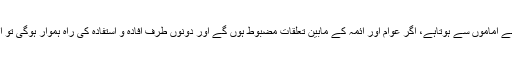
ہر دورمیں عوام کامساجد اور اماموں سے گہراربط رہاہے،آج بھی عام مسلمانوں کا دن رات کاتعلق اپنے اماموں سے ہوتاہے، اگر عوام اور ائمہ کے مابین تعلقات مضبوط ہوں گے اور دونوں طرف افادہ و استفادہ کی راہ ہموار ہوگی تو اس طرح مجموعی طور پر پورے مسلم معاشرے میں ایک خو ش گوارسماجی انقلاب برپا ہوسکتا ہے۔